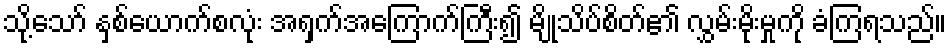
သို့သော် နှစ်ယောက်စလုံး အရှက်အကြောက်ကြီး၍ မျိုသိပ်စိတ်၏ လွှမ်းမိုးမှုကို ခံကြရသည်။